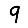
Digit: 9